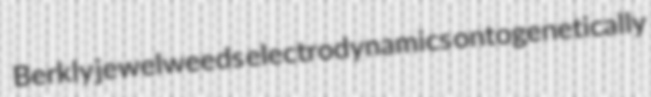
Berkly jewelweeds electrodynamics ontogenetically